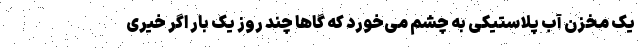
یک مخزن آب پلاستیکی به چشم می‌خورد که گاها چند روز یک بار اگر خیری